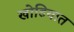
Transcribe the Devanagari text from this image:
खोडियात